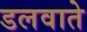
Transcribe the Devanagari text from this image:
डलवाते